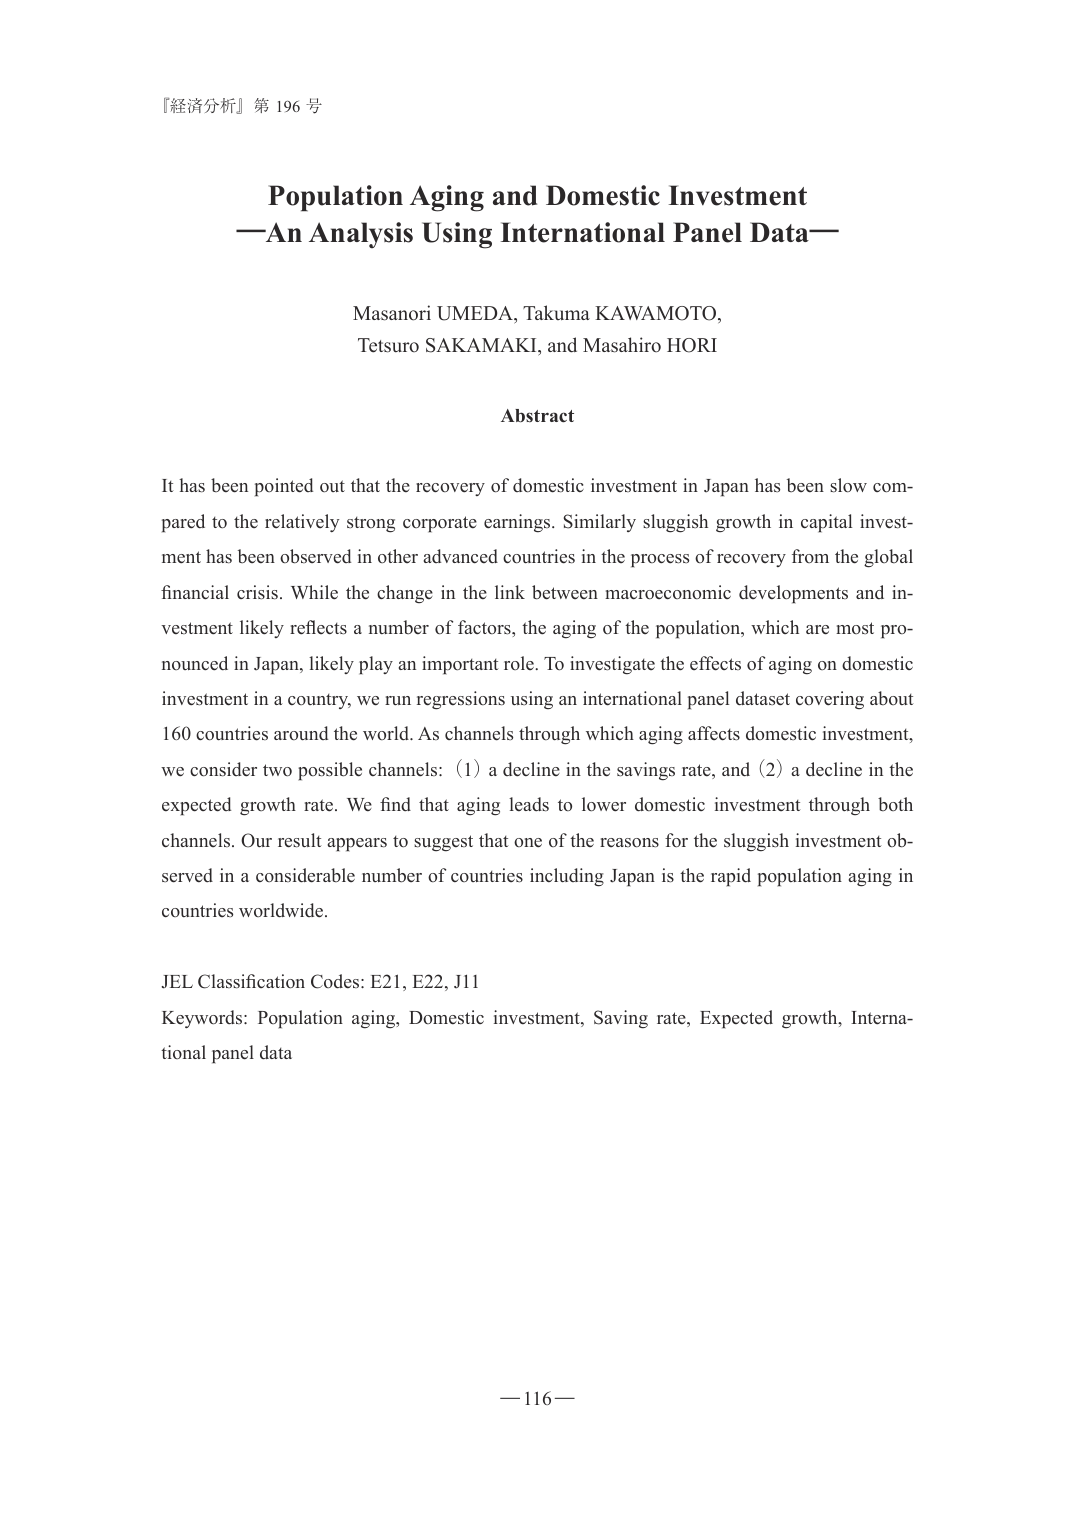
『経済分析』第 196 号

Population Aging and Domestic Investment
—An Analysis Using International Panel Data—

Masanori UMEDA, Takuma KAWAMOTO,
Tetsuro SAKAMAKI, and Masahiro HORI

Abstract

It has been pointed out that the recovery of domestic investment in Japan has been slow compared to the relatively strong corporate earnings. Similarly sluggish growth in capital investment has been observed in other advanced countries in the process of recovery from the global financial crisis. While the change in the link between macroeconomic developments and investment likely reflects a number of factors, the aging of the population, which are most pronounced in Japan, likely play an important role. To investigate the effects of aging on domestic investment in a country, we run regressions using an international panel dataset covering about 160 countries around the world. As channels through which aging affects domestic investment, we consider two possible channels: (1) a decline in the savings rate, and (2) a decline in the expected growth rate. We find that aging leads to lower domestic investment through both channels. Our result appears to suggest that one of the reasons for the sluggish investment observed in a considerable number of countries including Japan is the rapid population aging in countries worldwide.

JEL Classification Codes: E21, E22, J11
Keywords: Population aging, Domestic investment, Saving rate, Expected growth, International panel data

—116—